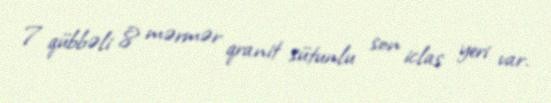
7 qübbəli 8 mərmər qranit sütunlu son iclas yeri var.